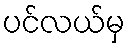
ပင်လယ်မှ